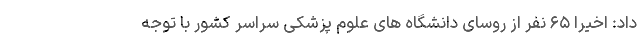
داد: اخیرا ۶۵ نفر از روسای دانشگاه های علوم پزشکی سراسر کشور با توجه